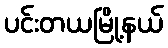
ပင်းတယမြို့နယ်